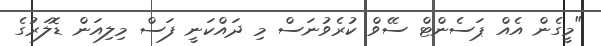
"މީގެން އެއް ޕަސެންޓް ސޭވް ކުރެވުނަސް މި ދައްކަނީ ފަސް މިލިއަން ޑޮލަރުގެ